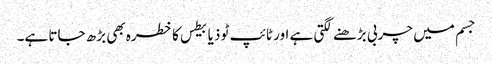
جسم میں چربی بڑھنے لگتی ہے اور ٹائپ ٹو ذیابیطس کا خطرہ بھی بڑھ جاتا ہے۔